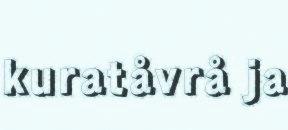
kuratåvrå ja